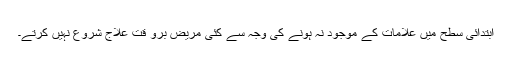
ابتدائی سطح میں علامات کے موجود نہ ہونے کی وجہ سے کئی مریض برو قت علاج شروع نہیں کرتے۔